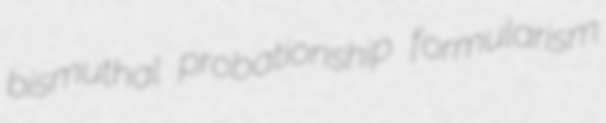
bismuthal probationship formularism